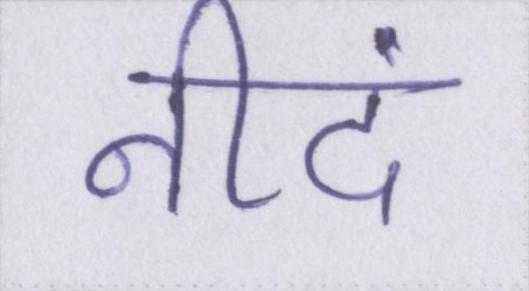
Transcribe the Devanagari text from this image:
नीदं